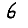
Digit: 6